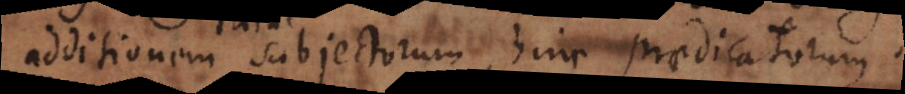
additionem subjectorum, hinc praedicatorum.